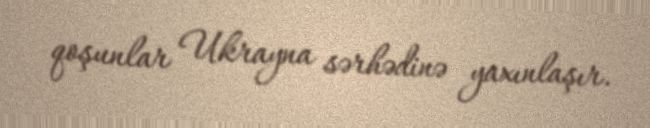
qoşunlar Ukrayna sərhədinə yaxınlaşır.